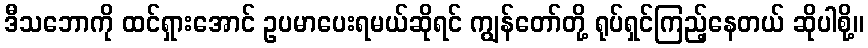
ဒီသဘောကို ထင်ရှားအောင် ဥပမာပေးရမယ်ဆိုရင် ကျွန်တော်တို့ ရုပ်ရှင်ကြည့်နေတယ် ဆိုပါစို့။